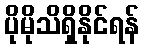
ပိုမိုသိရှိနိုင်ရန်